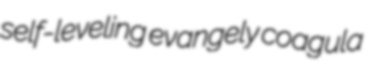
self-leveling evangely coagula